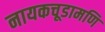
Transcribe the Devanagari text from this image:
नायकचूडामणि